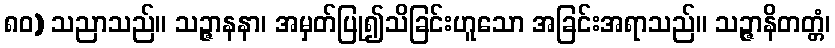
၈၀) သညာသည်။ သဉ္ဇာနနာ၊ အမှတ်ပြု၍သိခြင်းဟူသော အခြင်းအရာသည်။ သဉ္ဇာနိတတ္တံ၊